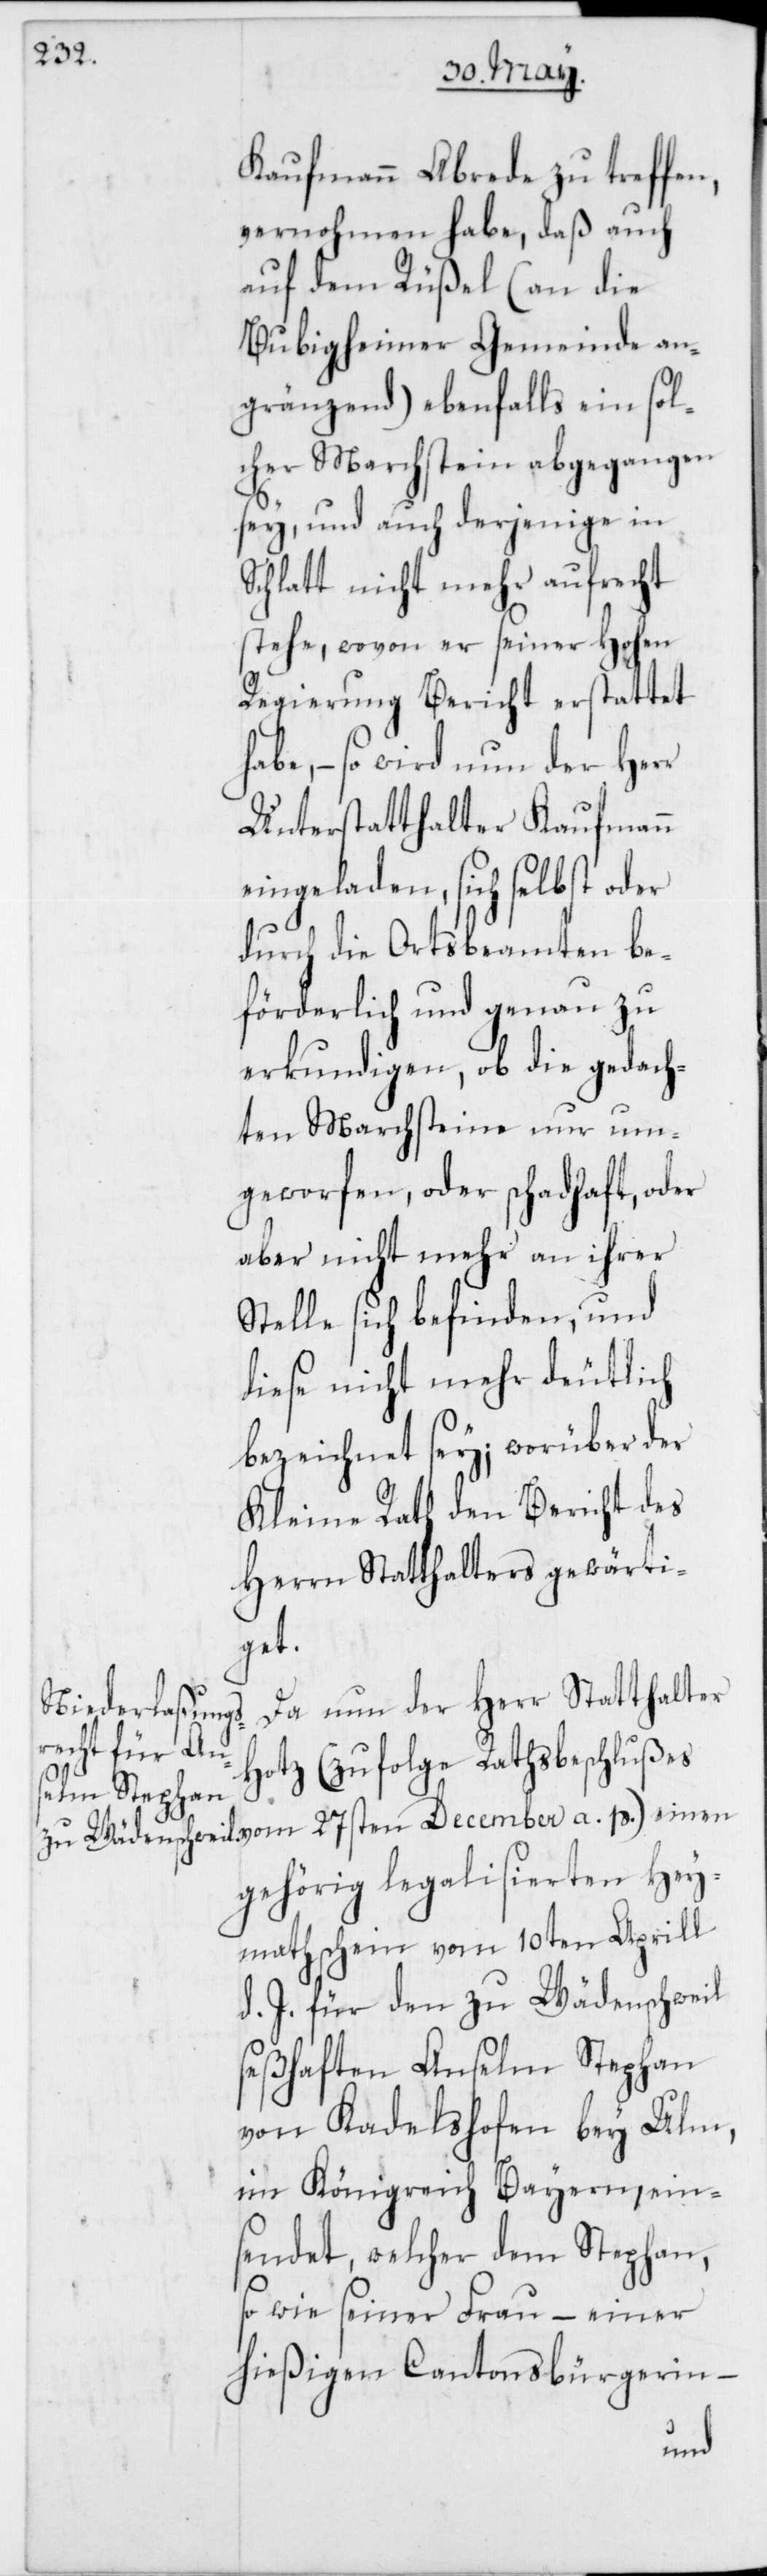
Kaufmann Abrede zu treffen,
vernohmen habe, daß auch
auf dem Rüßel (an die
Bubigheimer Gemeinde an¬
gränzend) ebenfalls ein sol¬
cher Marchstein abgegangen
sey, und auch derjenige in
Schlatt nicht mehr aufrecht
stehe, wovon er seiner Hohen
Regierung Bericht erstattet
habe, – so wird nun der Herr
Unterstatthalter Kaufmann
eingeladen, sich selbst oder
durch die Ortsbeamten be¬
förderlich und genau zu
erkundigen, ob die gedach¬
ten Marchsteine nur um¬
geworfen, oder schadhaft, oder
aber nicht mehr an ihrer
Stelle sich befinden, und
diese nicht mehr deutlich
bezeichnet sey; worüber der
Kleine Rath den Bericht des
Herrn Statthalters gewärti¬
get.
Da nun der Herr Statthalter
Hotz (zufolge Rathsbeschlußes
gehörig legalisierten Hey¬
mathschein vom 10ten Aprill
d. J. für den zu Wädenschweil
seßhaften Anselm Stephan
von Kadelshofen bey Ulm,
im Königreich Bayern, ein¬
sendet, welcher dem Stephan,
so wie seiner Frau – einer
hießigen Cantonsbürgerin –